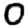
Digit: 0